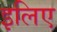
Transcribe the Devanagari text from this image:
इलिए